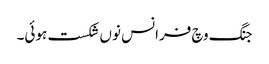
جنگ وچ فرانس نوں شکست ہوئی۔